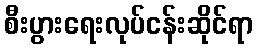
စီးပွားရေးလုပ်ငန်းဆိုင်ရာ